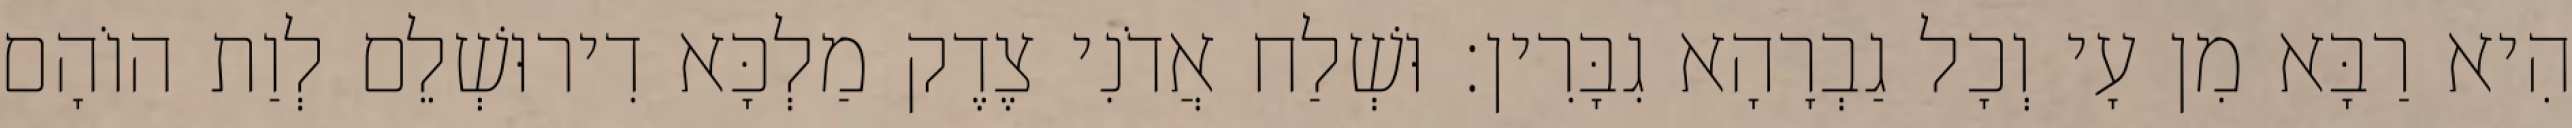
הִיא רַבָּא מִן עָי וְכָל גַבְרָהָא גִבָּרִין׃ וּשְׁלַח אֲדֹנִי צֶדֶק מַלְכָּא דִירוּשְׁלֵם לְוַת הוֹהָם